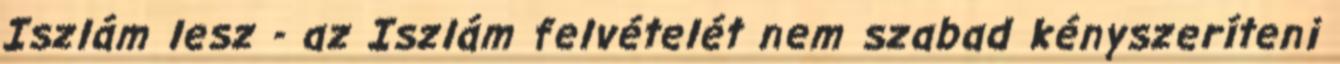
Iszlám lesz - az Iszlám felvételét nem szabad kényszeríteni